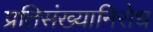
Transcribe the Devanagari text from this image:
प्रतिसंख्यानिरोध